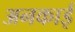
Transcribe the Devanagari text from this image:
अनकाई